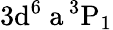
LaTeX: \mathrm{3d^{6}\ a\, ^{3}P_{1}}